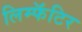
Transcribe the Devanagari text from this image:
लिम्फॅटिर